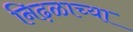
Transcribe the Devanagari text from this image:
निढ़ळाच्या